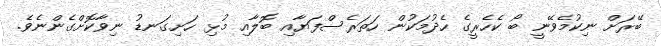
ބޭރަށް ނިކުމެވޭނީ ބޯ ކެހެރީގެ ހެދުމަކުން ހަތަރެސްފަޔާއި ބޮލާއި މުޅި ހަށިގަނޑު ނިވާކޮށްގެންނެވެ.